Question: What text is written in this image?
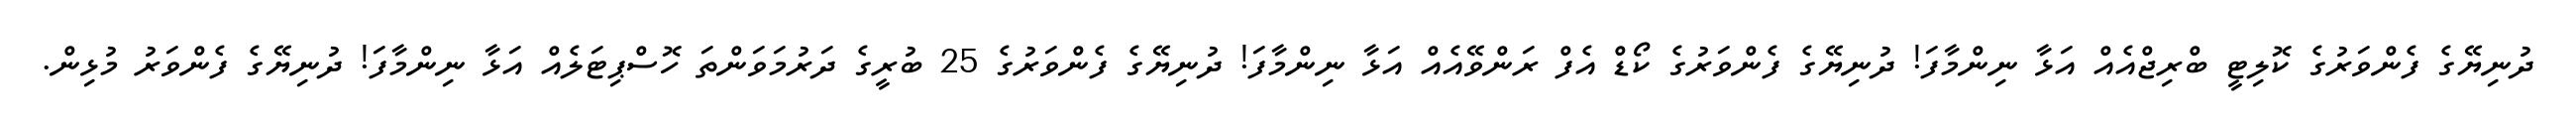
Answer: ދުނިޔޭގެ ފެންވަރުގެ ކޮލިޓީ ބްރިޖްއެއް އަޅާ ނިންމާފަ! ދުނިޔޭގެ ފެންވަރުގެ ކޯޑް އެފް ރަންވޭއެއް އަޅާ ނިންމާފަ! ދުނިޔޭގެ ފެންވަރުގެ 25 ބުރީގެ ދަރުމަވަންތަ ހޮސްޕިޓަލެއް އަޅާ ނިންމާފަ! ދުނިޔޭގެ ފެންވަރު މުޅިން.